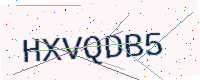
Text: HXVQDB5